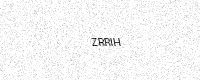
Text: ZRRIH